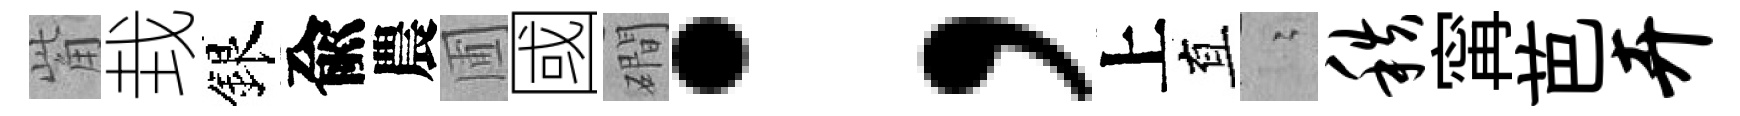
觜㘽銀兪農圃國磵；上直隐秩𡩋芭卉